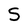
Character: S